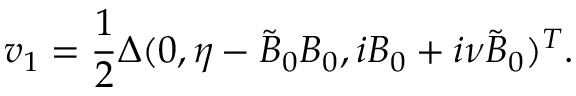
\boldsymbol { v } _ { 1 } = \frac { 1 } { 2 } \Delta ( 0 , \eta - \tilde { B } _ { 0 } B _ { 0 } , i B _ { 0 } + i \nu \tilde { B } _ { 0 } ) ^ { T } .